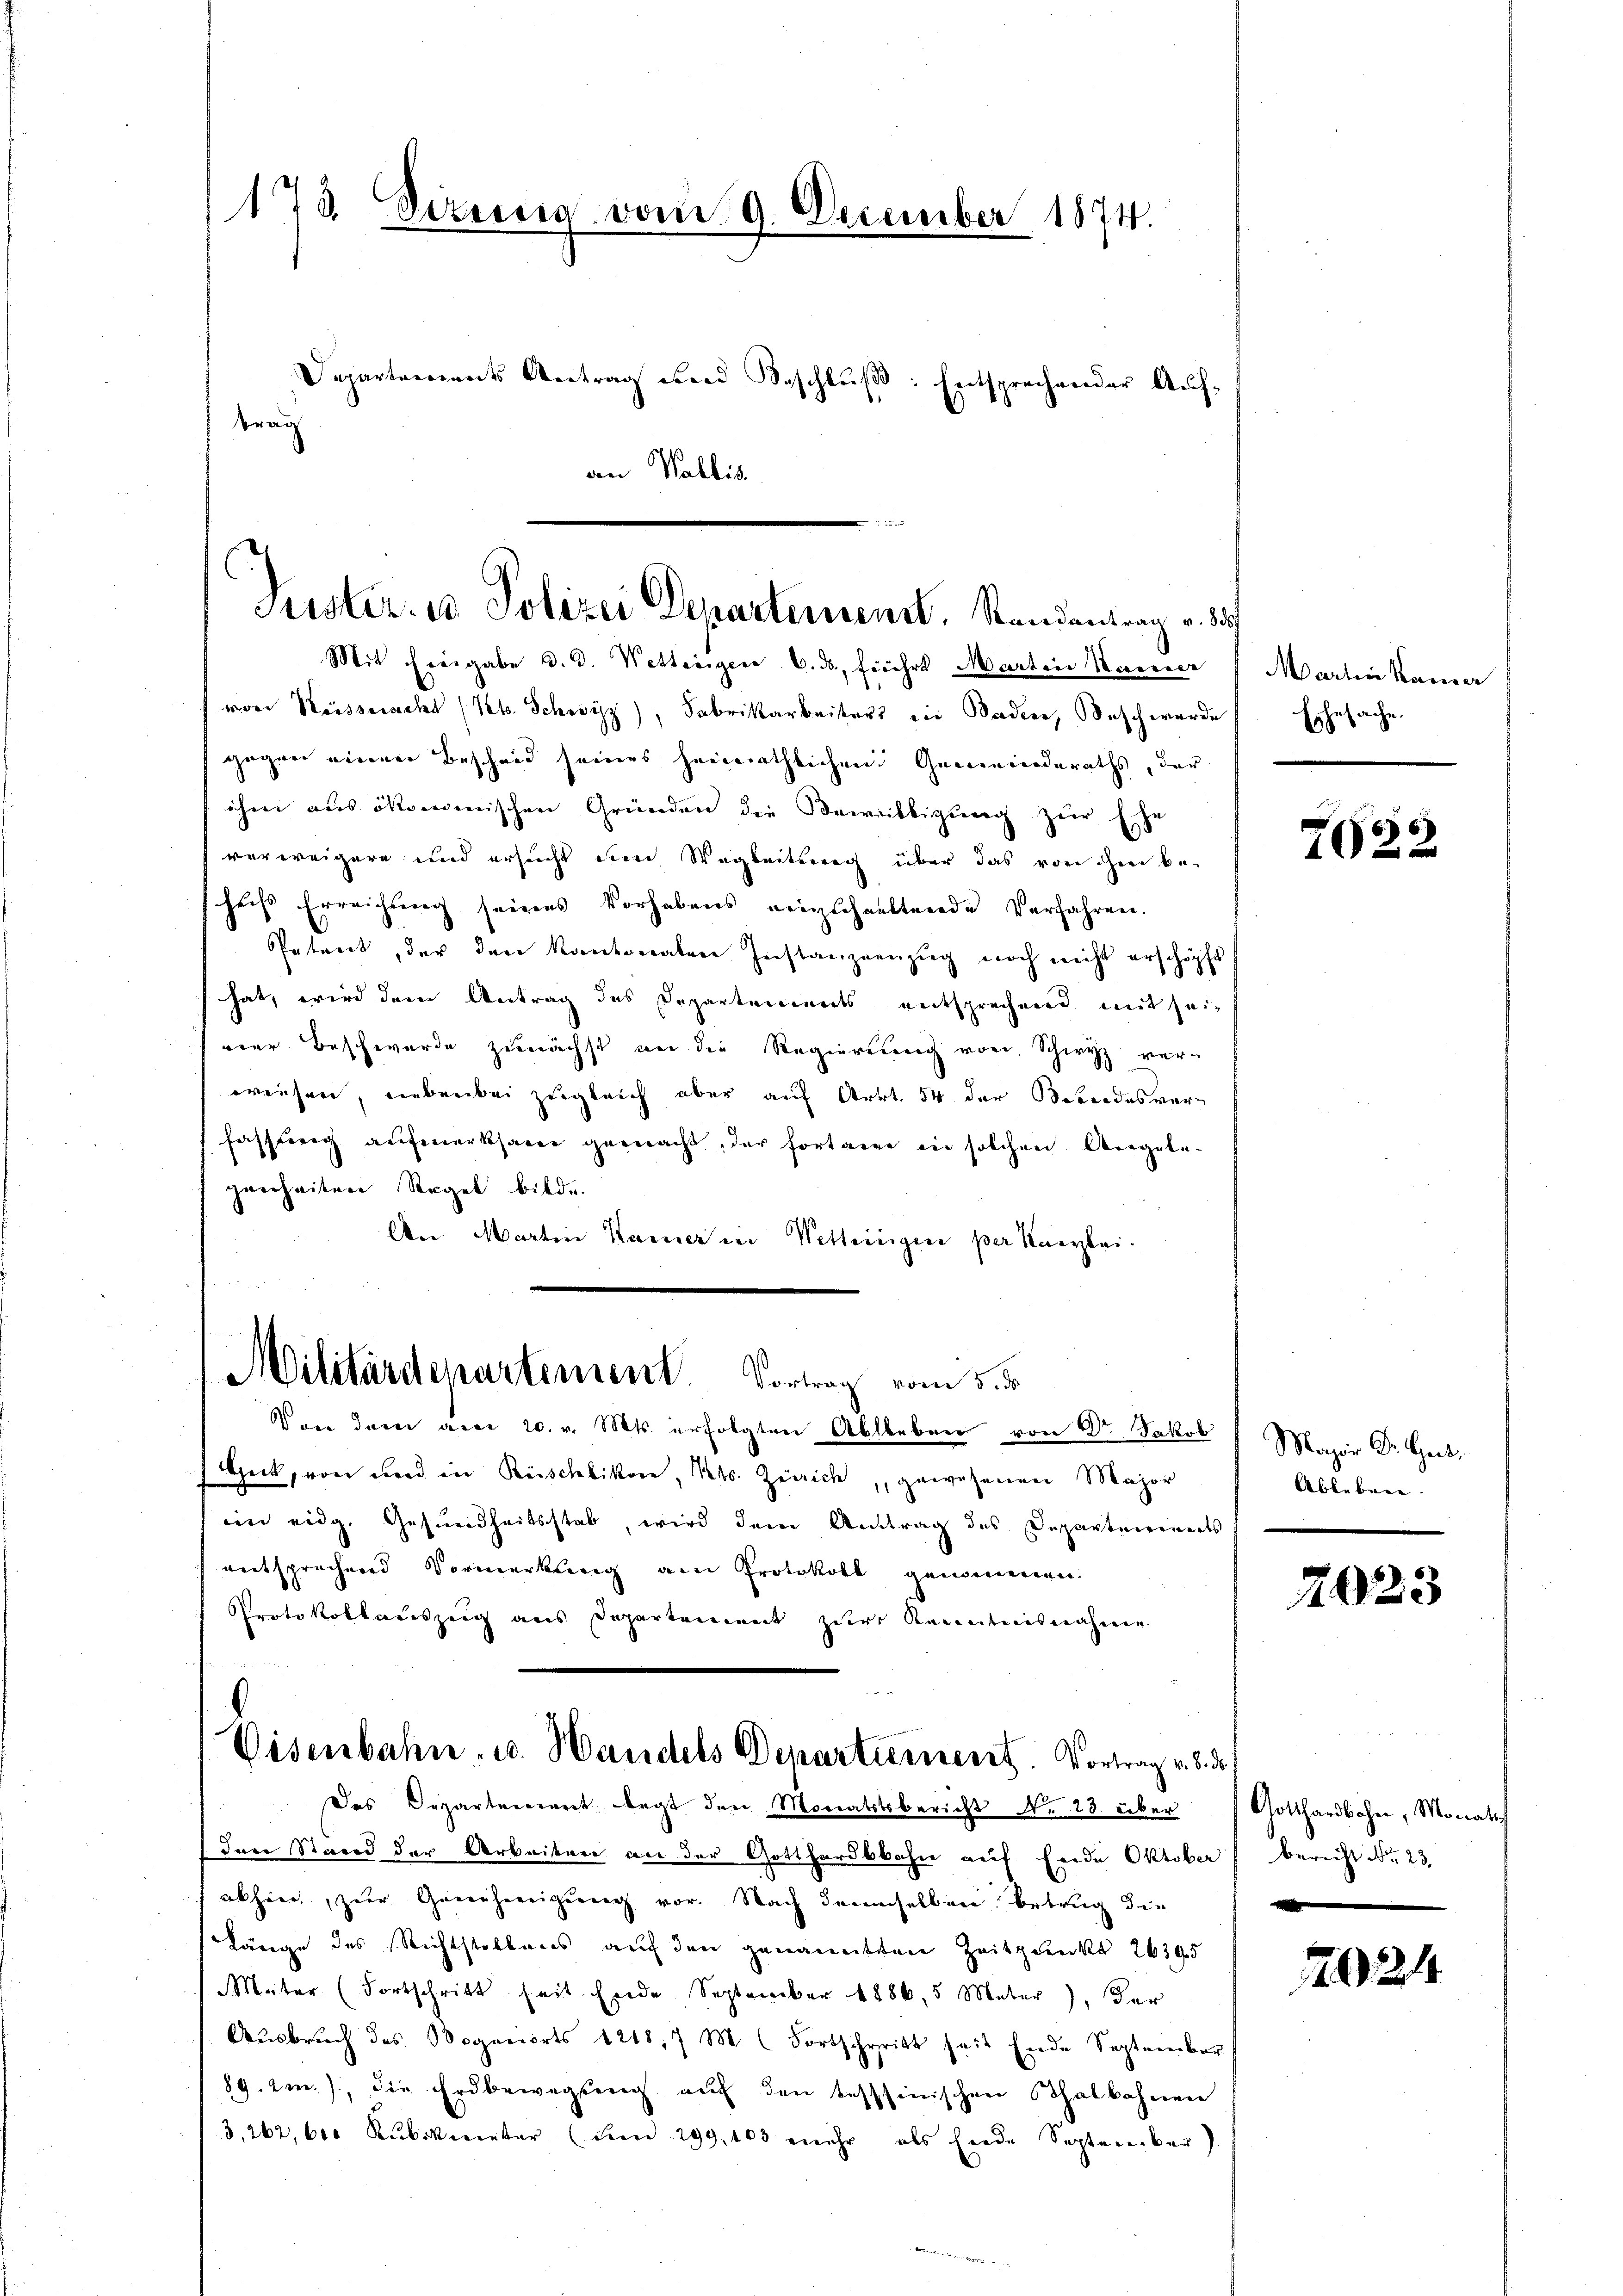
Mit Ereigabe v. 3. Wettingen 6. ds, frührt Martin Kaiser
von Kesseracht (lt. Schwyz), Fabrikarbeiter ein Baden, Beschwerde Ehesache.
gegen einen Bescheid seines heimathlichen Gemeinderaths, der
ihm aus ökomenischen Gründen die Beweilligung zur Erhe
verweigern und ersucht dem Wegleitung über das von ihm be-
heiß Erreichung seines Vorhabens einzuhaltende Verfahren.
Patent, der den kantonalen Instanzenzŭg noch nicht erschöpf
öpft
hat, wird dem Antrag des Departements entsprechend mit seivier Beschwerde zunächst an die Regierung von Schwyz ver-
weisen, nebenbei zugleich aber auf Art. 54 der Beleidesverfassung aufmerksarer gemacht, der fortaner in solchen Angelegenheiten Regel bilde.
An Martin Kamer in Wetteinigen per Kanzlei.

173. Sizierig vom 9. December 1874.

brach

Departements Antrag und Beschlŭβ: Entsprechender Auf-
an Wallis.

b

Puster. u Polizei Departement, Randantrag v. d

Von dem am 20. v. Mts. erfolgten Ableben von Dr Jakob Major Dr. Gut,
Geck, von und in Rüschlikon, Kts. Zürich, gewesenen Major
em eidg. Gesundheitsstab, wird dem Antrag des Departeninets
entsprechend Vormerkung am Protokoll genommen:
Protokollauszeig aus Departement zur Kenntnisnahmen.
Das Departement dingt den Monatstsbericht No 28 über
den Stand der Arbeiten an der Gotthardbahn auf Ende Oktober bericht Nr. 23.
akhin, zur Genehmigung vor. Nach demselben Betrug die
Länge des Richtstollens auf den genannten Zeitpunkt 26395
Mater (Fortschritt seit Ende September 1886, 5 Meter), der
Ausbruch des Doganorts 1218, 7 M. (Fortschritt seit Ende September
89.2m.), die Erdbewegung auf den tessinischen halbahnen
3,262, 600 Kubikmeter (den 299, 103 mehr als finde September).

Militärdepartement. Vortrag vom 5. ds

Visenbahn u. Handels Departierneret. Vortrag v. 8. ds

Martine Kamer

6
202.

Ableben.

7123

Gotthardbahn, Monats

2024